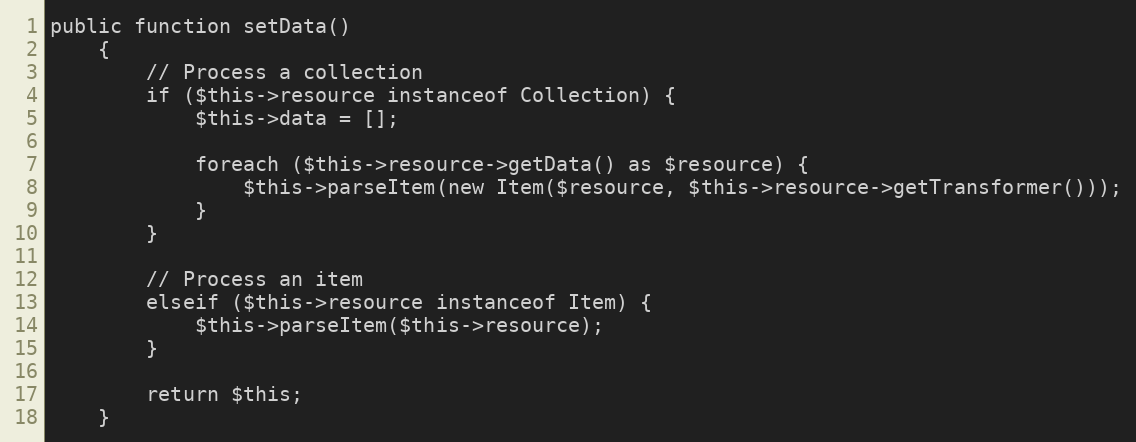
Language: PHP
public function setData()
    {
        // Process a collection
        if ($this->resource instanceof Collection) {
            $this->data = [];

            foreach ($this->resource->getData() as $resource) {
                $this->parseItem(new Item($resource, $this->resource->getTransformer()));
            }
        }

        // Process an item
        elseif ($this->resource instanceof Item) {
            $this->parseItem($this->resource);
        }

        return $this;
    }